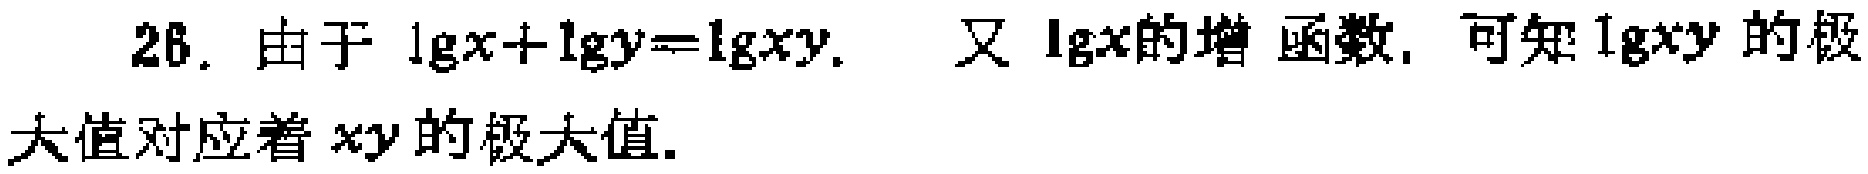
26. 由于 $\lg x+\lg y=\lg xy$.  又 $\lg x$的增函数, 可知$\lg xy$ 的极大值对应着 $xy$ 的极大值.